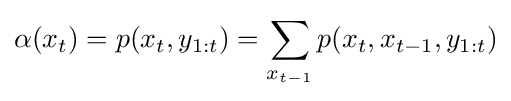
\alpha (x_{t})=p(x_{t},y_{1:t})=\sum _{x_{t-1}}p(x_{t},x_{t-1},y_{1:t})